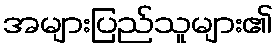
အများပြည်သူများ၏